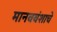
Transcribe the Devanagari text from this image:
मानववंशाचे